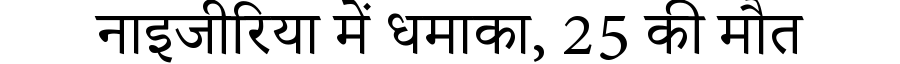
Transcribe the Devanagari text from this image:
नाइजीरिया में धमाका, 25 की मौत